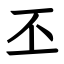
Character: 丕